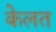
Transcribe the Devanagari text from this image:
केलत